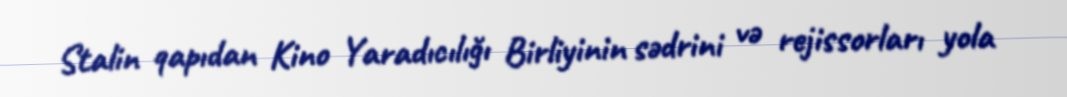
Stalin qapıdan Kino Yaradıcılığı Birliyinin sədrini və rejissorları yola